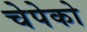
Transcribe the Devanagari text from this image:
चेपेको